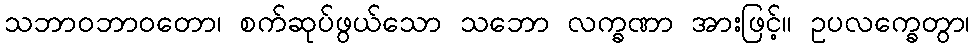
သဘာဝဘာဝတော၊ စက်ဆုပ်ဖွယ်သော သဘော လက္ခဏာ အားဖြင့်။ ဥပလက္ခေတွာ၊